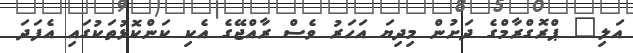
އަލި" ޕްރޮގްރާމްގެ ދަށުން މިދިޔަ އަހަރު ވެސް ރާއްޖޭގެ އެކި ކަންކޮޅުތަކުގައި އެފަދަ